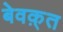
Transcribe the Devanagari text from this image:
बेवक़्त